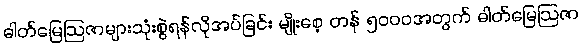
ဓါတ်မြေဩဇာများသုံးစွဲရန်လိုအပ်ခြင်း မျိုးစေ့ တန် ၅၀၀၀အတွက် ဓါတ်မြေဩဇာ